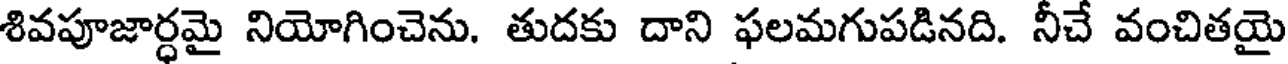
శివపూజార్ధమై నియోగించెను. తుదకు దాని ఫలమగుపడినది. నీచే వంచితయై